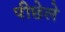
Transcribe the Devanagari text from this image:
पीछेले